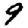
Digit: 9